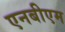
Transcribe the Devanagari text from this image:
एनबीएम